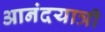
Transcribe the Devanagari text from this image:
आनंदयात्री